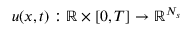
u ( x , t ) : \mathbb { R } \times [ 0 , T ] \rightarrow \mathbb { R } ^ { N _ { s } }